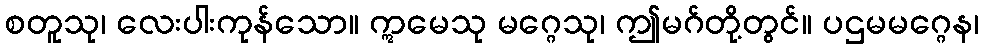
စတူသု၊ လေးပါးကုန်သော။ ဣမေသု မဂ္ဂေသု၊ ဤမဂ်တို့တွင်။ ပဌမမဂ္ဂေန၊